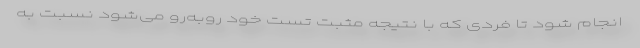
انجام شود تا فردی که با نتیجه مثبت تست خود روبه‌رو می‌شود نسبت به